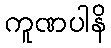
ကူဏပါနိ